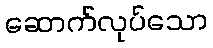
ဆောက်လုပ်သော